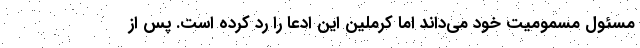
مسئول مسمومیت خود می‌داند اما کرملین این ادعا را رد کرده است. پس از